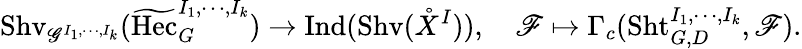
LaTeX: \mathrm{Shv}_{\mathscr G^{I_{1},\cdots,I_{k}}}(\widetilde{\mathrm{Hec}}_{G}^{I_{1},\cdots,I_{k}})\rightarrow\mathrm{Ind}(\mathrm{Shv}(\mathring X^{I})),\quad\mathscr F\mapsto\Gamma_{c}(\mathrm{Sht}_{G,D}^{I_{1},\cdots,I_{k}},\mathscr F).